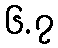
၆.၇